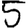
Digit: 5